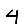
Digit: 4